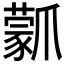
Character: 𤔾